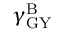
\gamma _ { \mathrm { G Y } } ^ { \mathrm { B } }